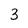
Character: 3